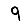
Digit: 9